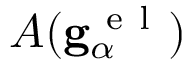
A ( \mathbf { g } _ { \alpha } ^ { \mathrm { ~ e ~ l ~ } } )